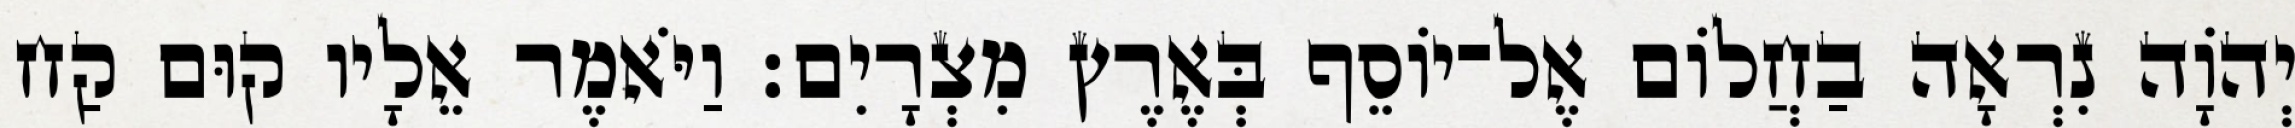
יְהוָֹה נִרְאָה בַחֲלוֹם אֶל־יוֹסֵף בְּאֶרֶץ מִצְרָיִם׃ וַיֹּאמֶר אֵלָיו קוּם קַח